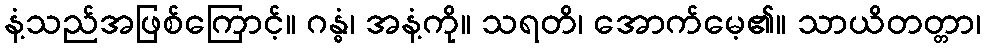
နံ့သည်အဖြစ်ကြောင့်။ ဂန္ဓံ၊ အနံ့ကို။ သရတိ၊ အောက်မေ့၏။ သာယိတတ္တာ၊